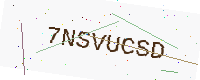
Text: 7NSVUCSD